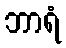
ဘာရံ